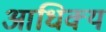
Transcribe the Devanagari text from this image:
आधिक्‍य